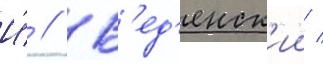
И́ // В'ед'енск'ии /